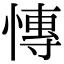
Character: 慱